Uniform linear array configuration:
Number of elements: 4
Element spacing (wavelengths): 0.75
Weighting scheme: cosine
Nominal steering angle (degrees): -30
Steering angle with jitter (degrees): -30.147
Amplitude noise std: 0.05
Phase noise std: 0.05

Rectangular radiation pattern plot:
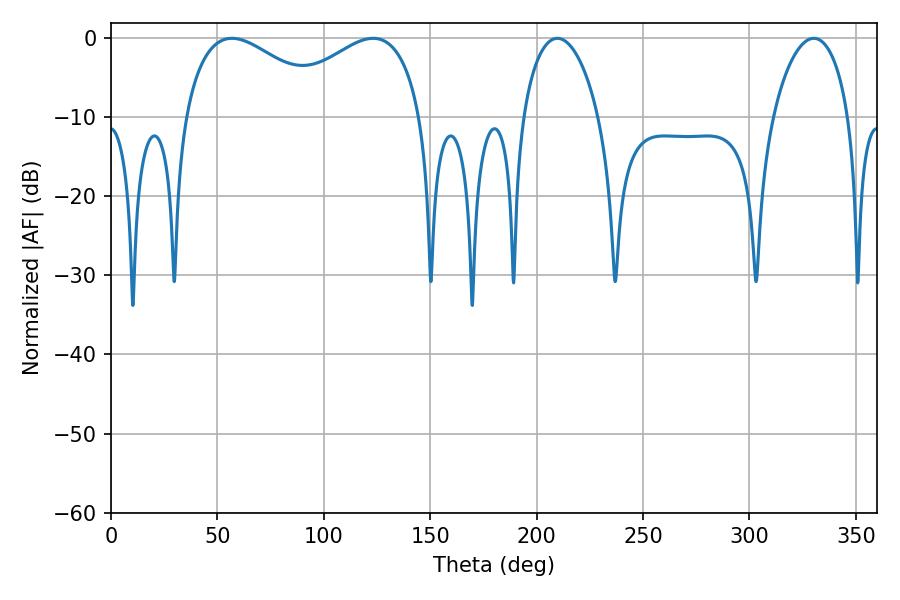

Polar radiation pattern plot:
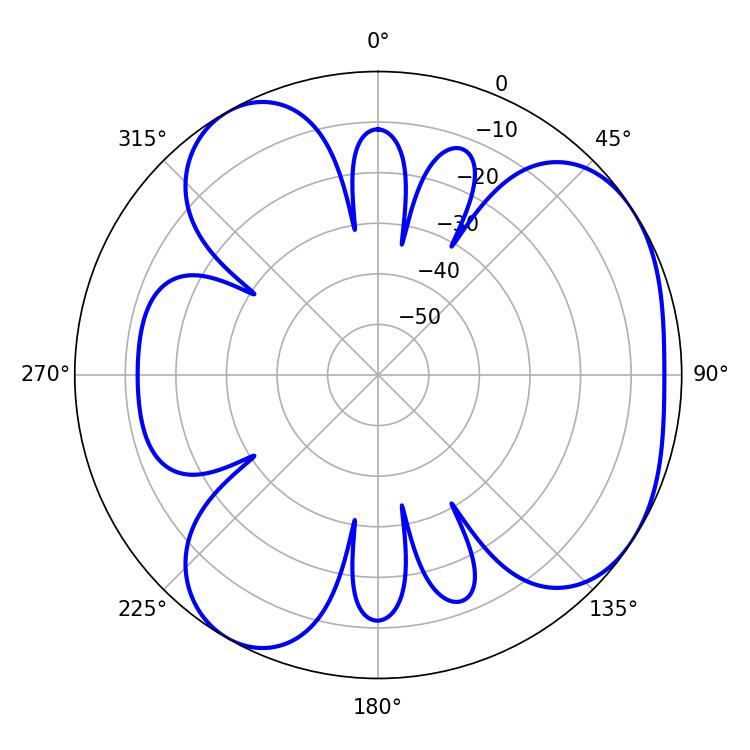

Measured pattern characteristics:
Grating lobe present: TRUE
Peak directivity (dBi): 4.62
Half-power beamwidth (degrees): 38.88
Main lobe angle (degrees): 56.88